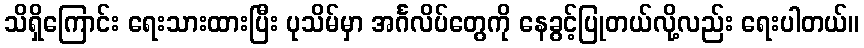
သိရှိကြောင်း ရေးသားထားပြီး ပုသိမ်မှာ အင်္ဂလိပ်တွေကို နေခွင့်ပြုတယ်လို့လည်း ရေးပါတယ်။